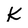
Character: K